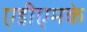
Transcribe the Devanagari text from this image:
एडीएमके